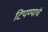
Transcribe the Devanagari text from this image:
टिपण्याचे